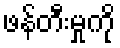
ဖန်တီးမှုကို